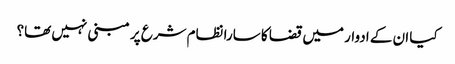
کیا ان کے ادوار میں قضا کا سارا نظام شرع پر مبنی نہیں تھا؟